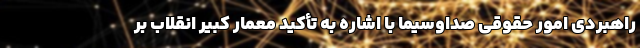
راهبردی امور حقوقی صداوسیما با اشاره به تأکید معمار کبیر انقلاب بر